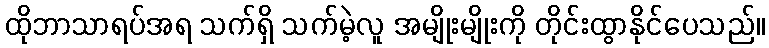
ထိုဘာသာရပ်အရ သက်ရှိ သက်မဲ့လူ အမျိုးမျိုးကို တိုင်းထွာနိုင်ပေသည်။